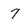
Character: 7